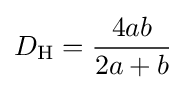
D_{\text{H}}={\frac {4ab}{2a+b}}